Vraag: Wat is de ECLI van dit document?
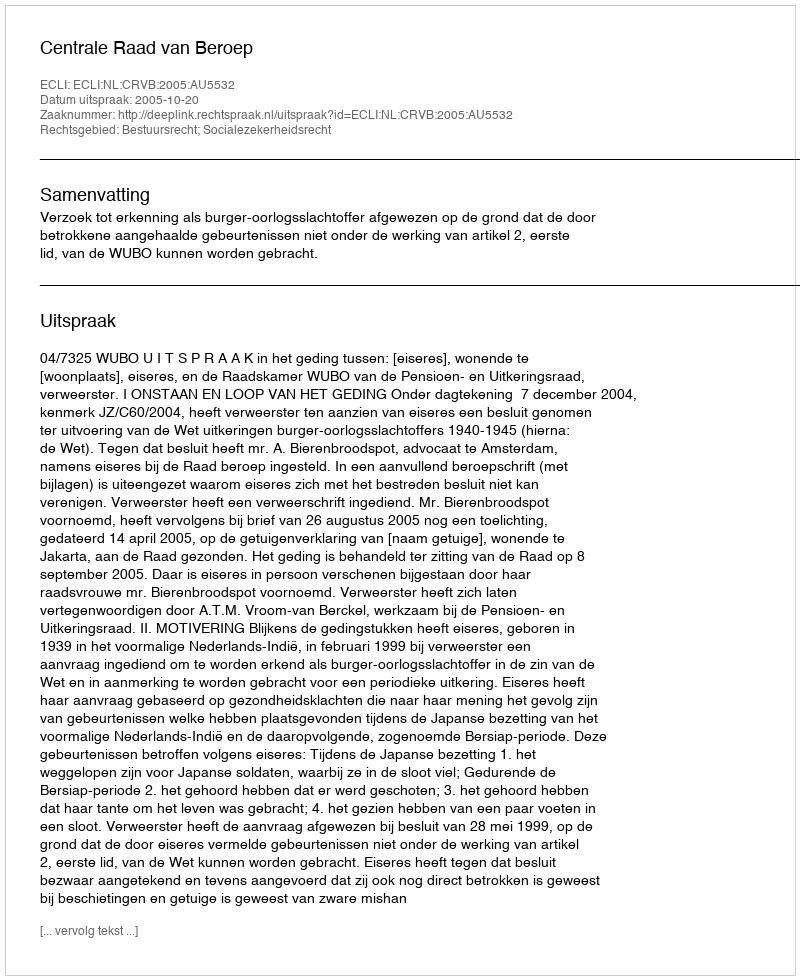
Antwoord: ECLI:NL:CRVB:2005:AU5532